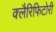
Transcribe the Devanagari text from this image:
क्लैरिफिटोरी